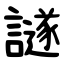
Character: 譢